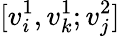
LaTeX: [v_{i}^{1},v_{k}^{1};v_{j}^{2}]